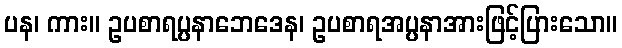
ပန၊ ကား။ ဥပစာရပ္ပနာဘေဒေန၊ ဥပစာရအပ္ပနာအားဖြင့်ပြားသော။